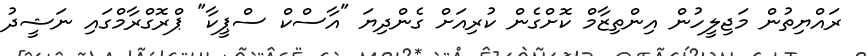
ރައްޔިތުން މަޖިލީހުން އިންތިޒާމް ކޮށްގެން ކުރިއަށް ގެންދިޔަ "އާސްކް ސްޕީކާ" ޕްރޮގްރާމްގައި ނަޝީދު